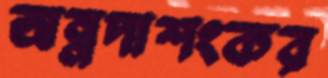
অন্নদাশংকর